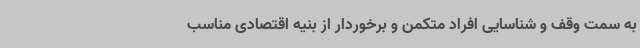
به سمت وقف و شناسایی افراد متکمن و برخوردار از بنیه اقتصادی مناسب